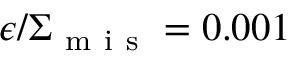
\epsilon / \Sigma _ { \mathrm { ~ m ~ i ~ s ~ } } = 0 . 0 0 1